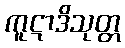
ကူဋာဒိသုတ္တ